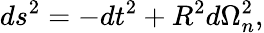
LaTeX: ds^{2}=-dt^{2}+R^{2}d\Omega_{n}^{2},